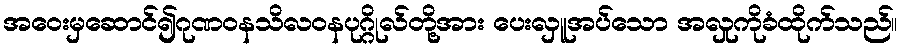
အဝေးမှဆောင်၍ဂုဏဝနသိလဝနပုဂ္ဂိုလ်တို့အား ပေးလှူအပ်သော အလှုကိုခံထိုက်သည်။